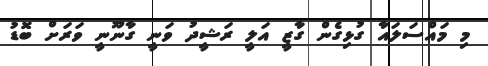
މި މައްސަލައާ ގުޅިގެން ގާޒީ އަލީ ރަޝީދު ވަނީ ގާނޫނީ ވަރަށް ބޮޑު